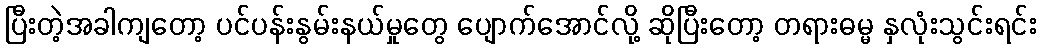
ပြီးတဲ့အခါကျတော့ ပင်ပန်းနွမ်းနယ်မှုတွေ ပျောက်အောင်လို့ ဆိုပြီးတော့ တရားဓမ္မ နှလုံးသွင်းရင်း